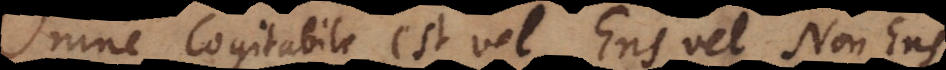
mne Cogitabile est vel Ens vel Non Ens.